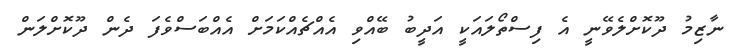
ނާޒިމު ދޫކޮށްލެވޭނީ އެ ފިސްތޯލައަކީ އަދީބު ބޭއްވި އެއްޗެއްކަމަށް އެއްބަސްވެފަ ދެން ދޫކޮށްލަން